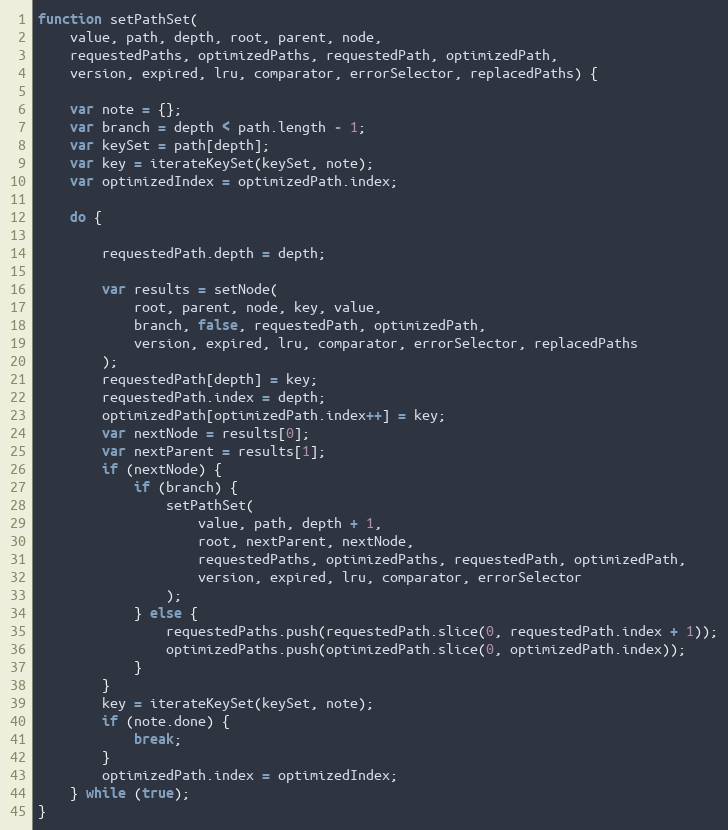
Language: JavaScript
function setPathSet(
    value, path, depth, root, parent, node,
    requestedPaths, optimizedPaths, requestedPath, optimizedPath,
    version, expired, lru, comparator, errorSelector, replacedPaths) {

    var note = {};
    var branch = depth < path.length - 1;
    var keySet = path[depth];
    var key = iterateKeySet(keySet, note);
    var optimizedIndex = optimizedPath.index;

    do {

        requestedPath.depth = depth;

        var results = setNode(
            root, parent, node, key, value,
            branch, false, requestedPath, optimizedPath,
            version, expired, lru, comparator, errorSelector, replacedPaths
        );
        requestedPath[depth] = key;
        requestedPath.index = depth;
        optimizedPath[optimizedPath.index++] = key;
        var nextNode = results[0];
        var nextParent = results[1];
        if (nextNode) {
            if (branch) {
                setPathSet(
                    value, path, depth + 1,
                    root, nextParent, nextNode,
                    requestedPaths, optimizedPaths, requestedPath, optimizedPath,
                    version, expired, lru, comparator, errorSelector
                );
            } else {
                requestedPaths.push(requestedPath.slice(0, requestedPath.index + 1));
                optimizedPaths.push(optimizedPath.slice(0, optimizedPath.index));
            }
        }
        key = iterateKeySet(keySet, note);
        if (note.done) {
            break;
        }
        optimizedPath.index = optimizedIndex;
    } while (true);
}